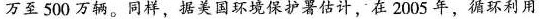
万至500万辆。同样、据美国环境保护署估计，在2005年，循环利用